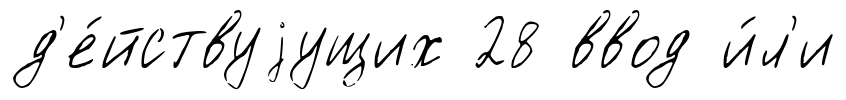
д'е́йствуjущих 28 ввод и́л'и